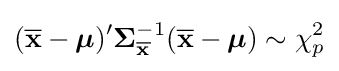
({\overline {\mathbf {x} }}-{\boldsymbol {\mu }})'{\mathbf {\Sigma } }_{\overline {\mathbf {x} }}^{-1}({\overline {\mathbf {x} }}-{\boldsymbol {\mathbf {\mu } }})\sim \chi _{p}^{2}